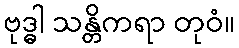
ဗုဒ္ဓါ သန္တိကရာ တုဝံ။